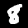
Label: 8